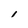
Character: i